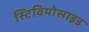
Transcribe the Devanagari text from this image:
स्टिवियोसाइड